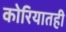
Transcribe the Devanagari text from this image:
कोरियातही